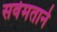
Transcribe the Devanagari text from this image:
सर्वमताने